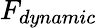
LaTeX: F_{dynamic}